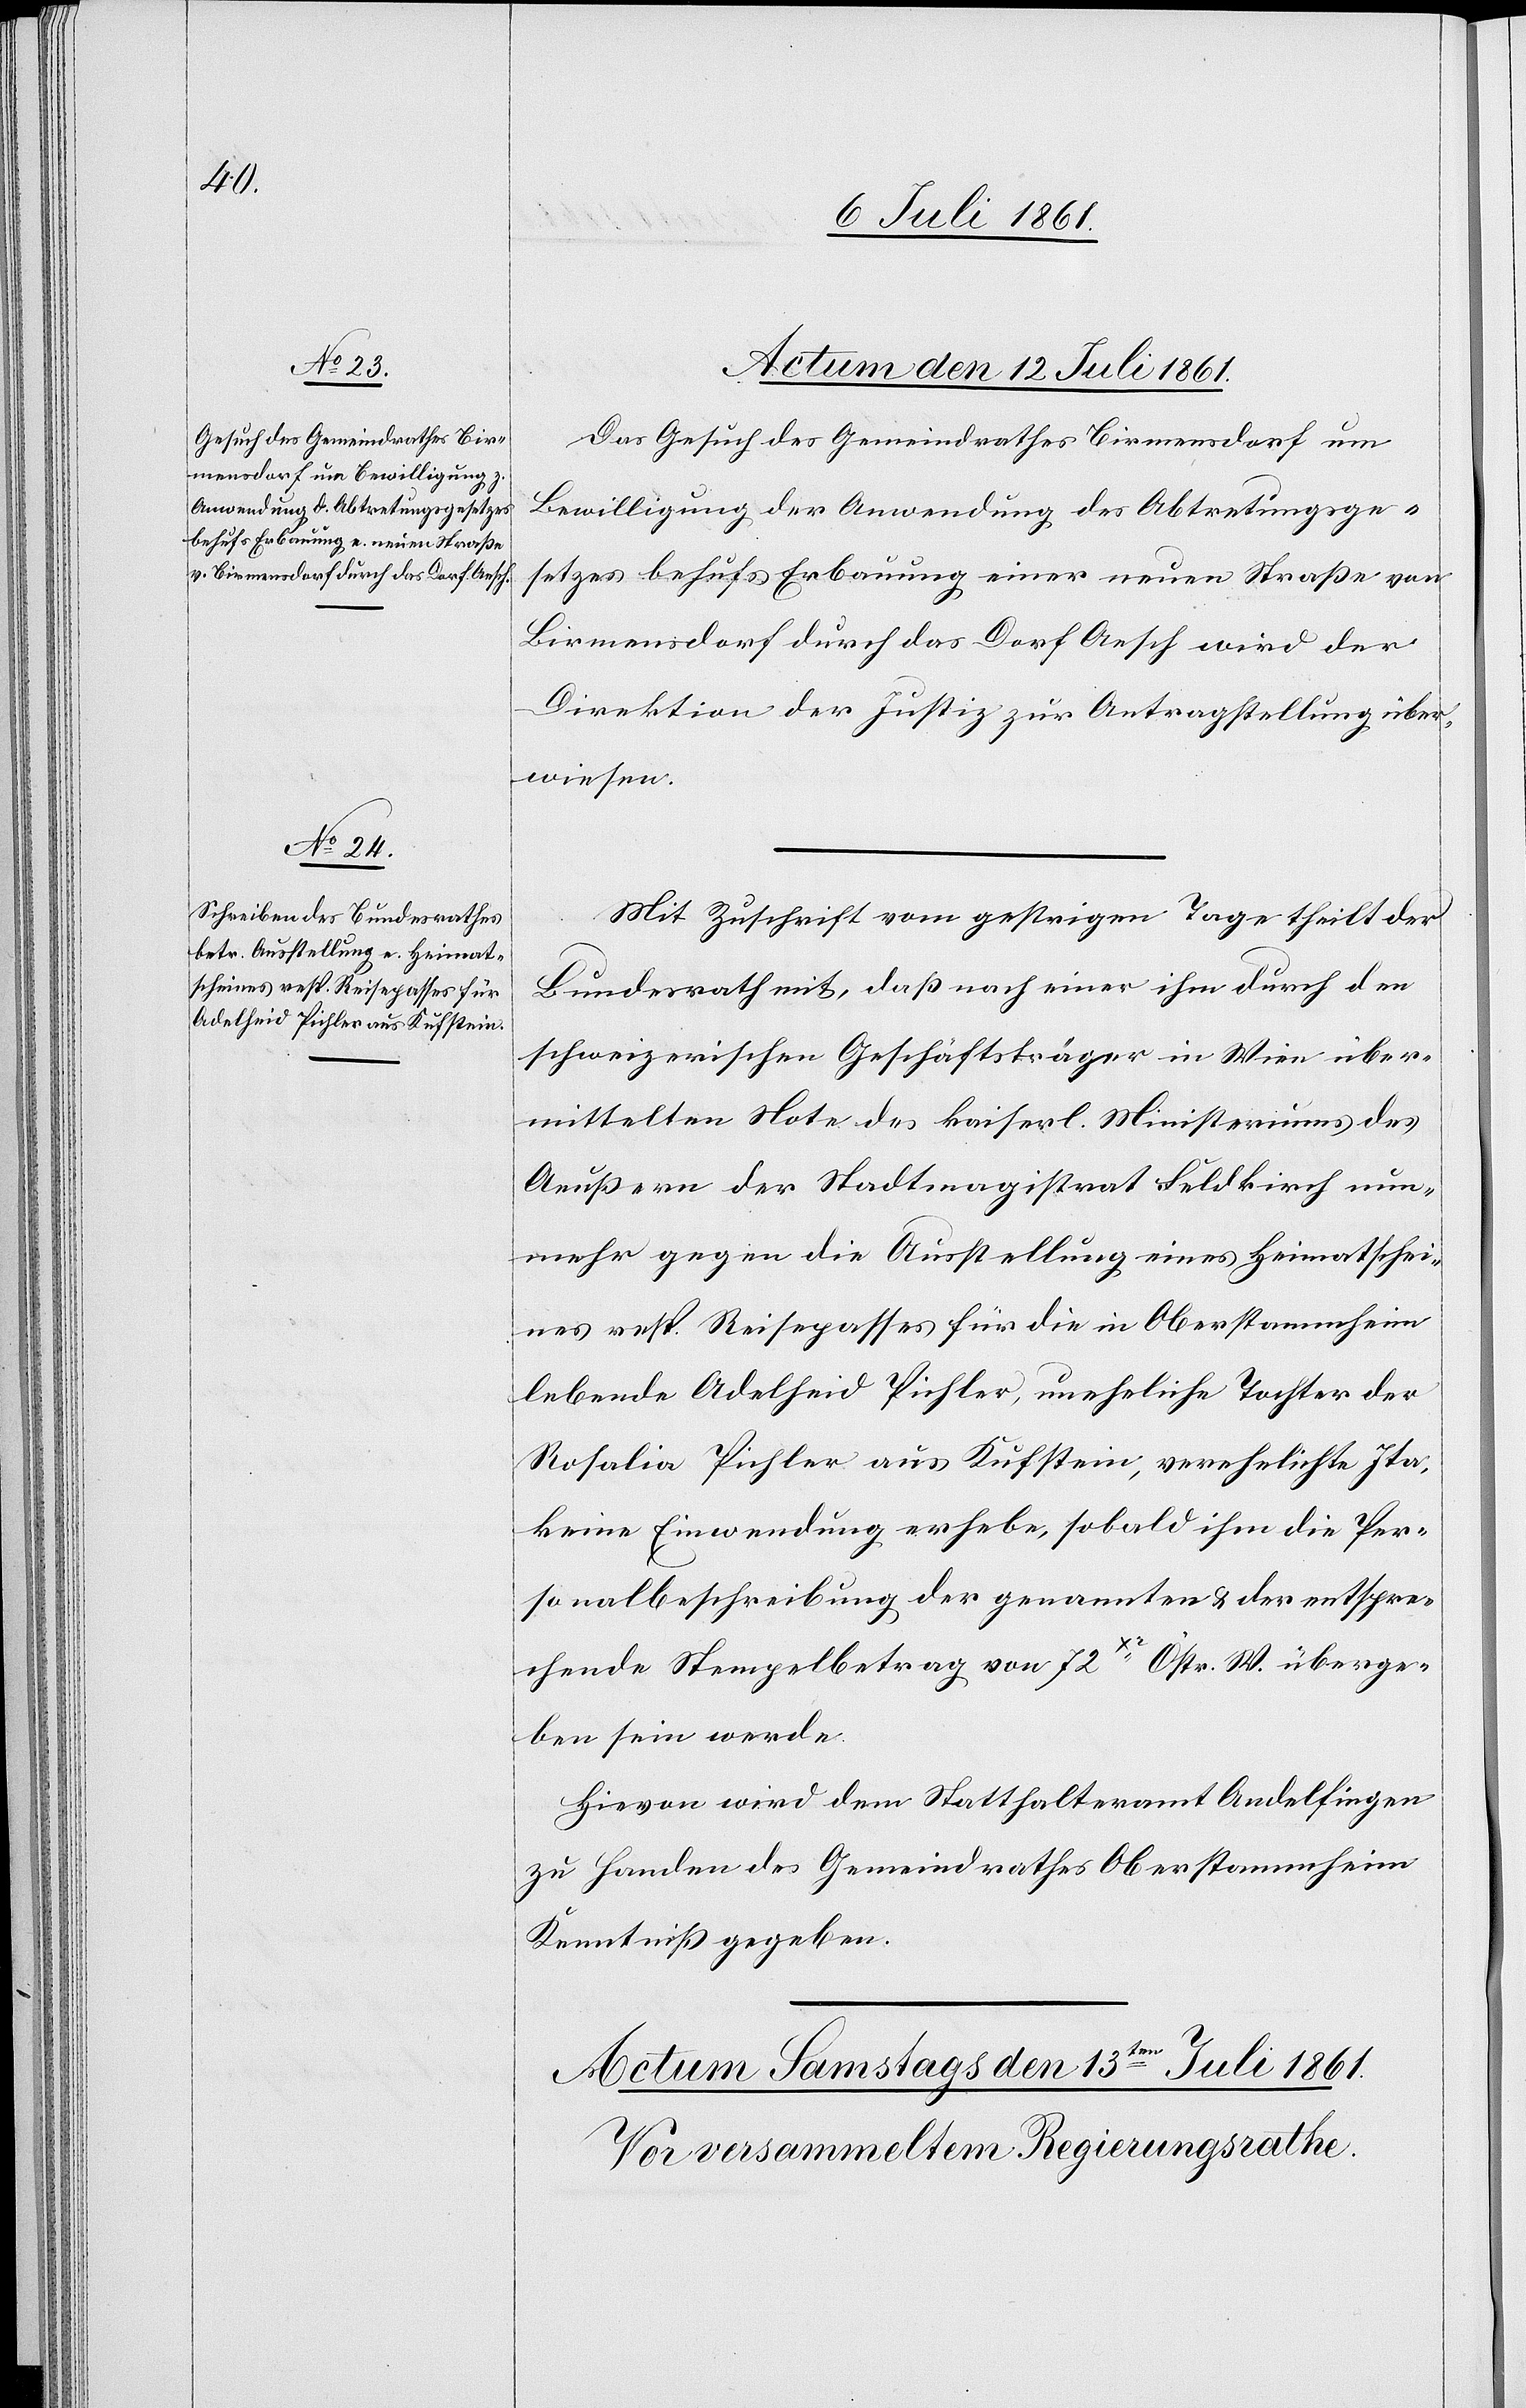
Actum den 12 Juli 1861.]
Das Gesuch des Gemeindrathes Birmensdorf um
Bewilligung der Anwendung des Abtretungsge¬
setzes behufs Erbauung einer neuen Straße von
Birmensdorf durch das Dorf Aesch wird der
Direktion der Justiz zur Antragstellung über¬
wiesen.
Mit Zuschrift vom gestrigen Tage theilt der
Bundesrath mit, daß nach einer ihm durch den
schweizerischen Geschäftsträger in Wien über¬
mittelten Note des kaiserl. Ministeriums des
Aeußern der Stadtmagistrat Feldkirch nun¬
mehr gegen die Ausstellung eines Heimatschei¬
nes resp. Reisepasses für die in Oberstammheim
lebende Adelheid Pichler, uneheliche Tochter der
Rosalia Pichler aus Kufstein, verehelichte Ita,
keine Einwendung erhebe, sobald ihm die Per¬
sonalbeschreibung der genannten u. der entspre¬
chende Stempelbetrag von 72 xr Östr. W. überge¬
ben sein werde.
Hievon wird dem Statthalteramt Andelfingen
zu Handen des Gemeindrathes Oberstammheim
Kenntniß gegeben.